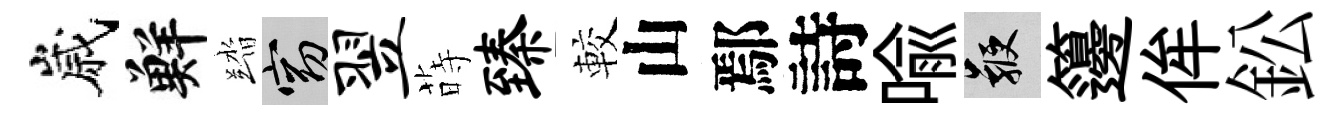
嵗鮮踏窈翌蒔臻較山鄢詩喩鞭籩侔鈆